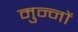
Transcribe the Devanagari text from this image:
मुन्नों